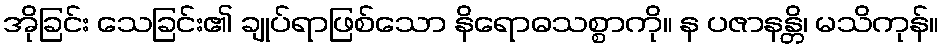
အိုခြင်း သေခြင်း၏ ချုပ်ရာဖြစ်သော နိရောဓသစ္စာကို။ န ပဇာနန္တိ၊ မသိကုန်။